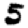
Digit: 5